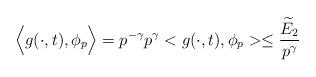
LaTeX: \begin{align*} \Big<g(\cdot,t), \phi_p\Big>=p^{-\gamma} p^{\gamma} <g(\cdot,t), \phi_p> \le \frac{ \widetilde E_2}{p^{\gamma}}\end{align*}